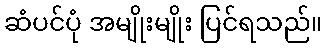
ဆံပင်ပုံ အမျိုးမျိုး ပြင်ရသည်။